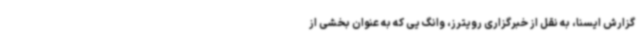
گزارش ایسنا، به نقل از خبرگزاری رویترز، وانگ یی که به عنوان بخشی از